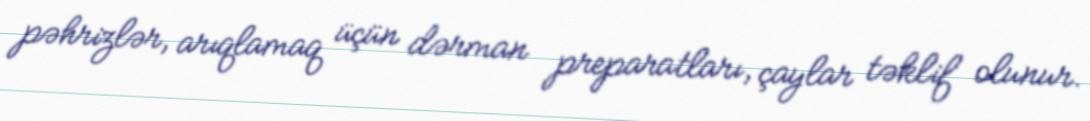
pəhrizlər, arıqlamaq üçün dərman preparatları, çaylar təklif olunur.